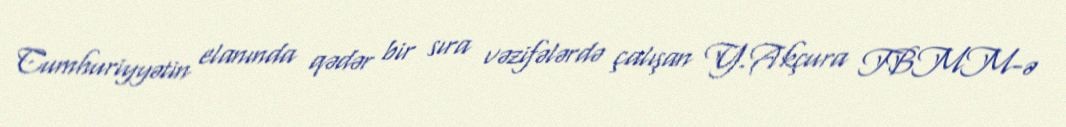
Cumhuriyyətin elanında qədər bir sıra vəzifələrdə çalışan Y.Akçura TBMM-ə